Indian journal of veterinary science and animal husbandry - Volume 8,
Year: 1938
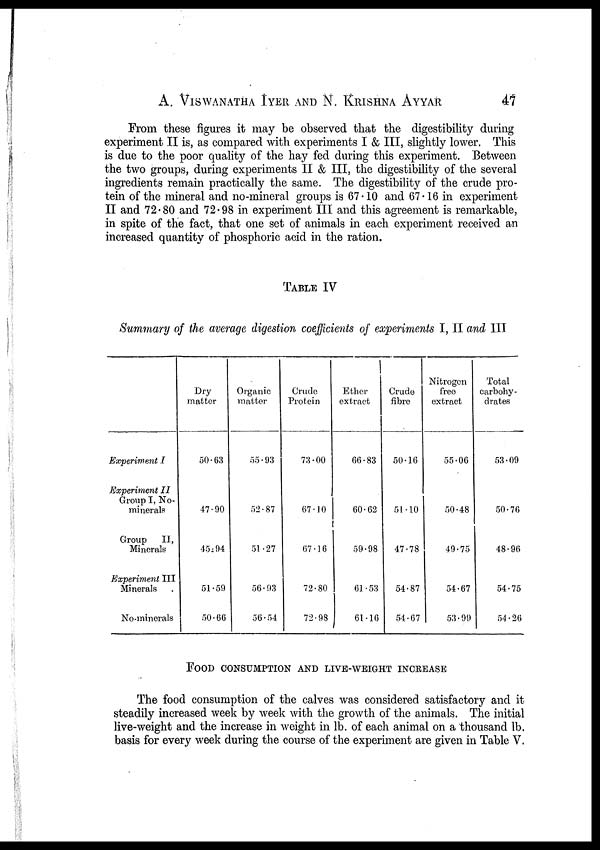
A. VISWANATHA IYER AND N. KRISHNA AYYAR 47
From these figures it may be observed that the digestibility during
experiment II is, as compared with experiments I & III, slightly lower. This
is due to the poor quality of the hay fed during this experiment. Between
the two groups, during experiments II & III, the digestibility of the several
ingredients remain practically the same. The digestibility of the crude pro-
tein of the mineral and no-mineral groups is 67.10 and 67.16 in experiment
II and 72.80 and 72.98 in experiment III and this agreement is remarkable,
in spite of the fact, that one set of animals in each experiment received an
increased quantity of phosphoric acid in the ration.
TABLE IV
Summary of the average digestion coefficients of experiments I, II and III
Experiment I
Experiment II
Group I, No.
minerals
Group
II,
Minerals
Experiment III
Minerals
No-minerals
Dry
matter
50.63
47.90
45.94
51.59
50.66
Organic
matter
55.93
52.87
51.27
56.93
56.54
Crude
Protein
73.00
67.10
67.16
72.80
72.98
Ether
extract
66.83
60.62
59.98
61.53
61.16
Crude
fibre
50.16
51.10
47.78
54.87
54.67
Nitrogen
free
extract
55.06
50.48
49.75
54.67
53.99
Total
carbohy-
drates
53.09
50.76
48.96
54.75
54.26
FOOD CONSUMPTION AND LIVE-WEIGHT INCREASE
The food consumption of the calves was considered satisfactory and it
steadily increased week by week with the growth of the animals. The initial
live-weight and the increase in weight in lb. of each animal on a thousand lb.
basis for every week during the course of the experiment are given in Table V.